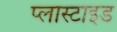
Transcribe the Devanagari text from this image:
प्लास्टाइड